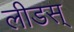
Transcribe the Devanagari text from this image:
लीडस्